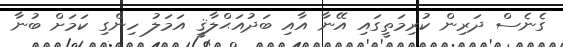
ގެނެސް ދަރިން ކުރިމަތީގައި އޭނާ އާއި ބަދުއަޙްލާޤީ އަމަލު ހިންގި ކަމަށް ބުނާ